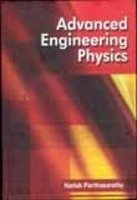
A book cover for Advanced Engineering Physics; Harish Parthasarathy; Science & Math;